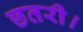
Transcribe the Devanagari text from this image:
छतरी।